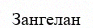
Зангелан